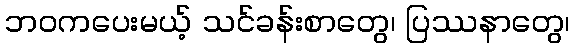
ဘဝကပေးမယ့် သင်ခန်းစာတွေ၊ ပြဿနာတွေ၊